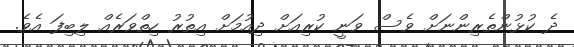
ދެ ކުޅުންތެރިންނަށް ވެސް ވަނީ ކުރިއަށް ދިއުމަށް އިތުރު ހިތްވަރެއް ލިބިފަ އެވެ.